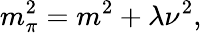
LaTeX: m_{\pi}^{2}=m^{2}+\lambda\nu^{2},